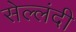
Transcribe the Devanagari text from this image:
सेल्लंदी